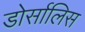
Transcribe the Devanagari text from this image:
डोर्सालिस